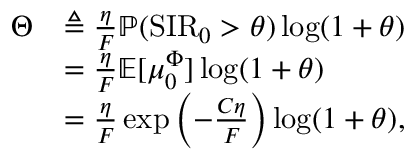
\begin{array} { r l } { \Theta } & { \triangleq \frac { \eta } { F } \mathbb { P } ( \mathrm { S I R } _ { 0 } > \theta ) \log ( 1 + \theta ) } \\ & { = \frac { \eta } { F } \mathbb { E } [ \mu _ { 0 } ^ { \Phi } ] \log ( 1 + \theta ) } \\ & { = \frac { \eta } { F } \exp { \left( - \frac { C \eta } { F } \right) } \log ( 1 + \theta ) , } \end{array}